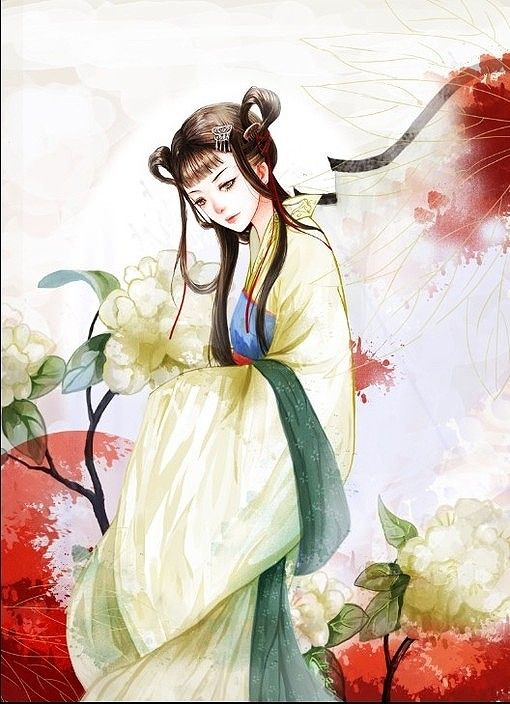
欲共柳花低诉，怕柳花轻薄，不解伤春。